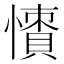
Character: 𢢻